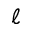
\ell